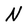
Character: N